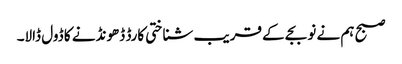
صبح ہم نے نو بجے کے قریب شناختی کارڈ ڈھونڈنے کا ڈول ڈالا۔